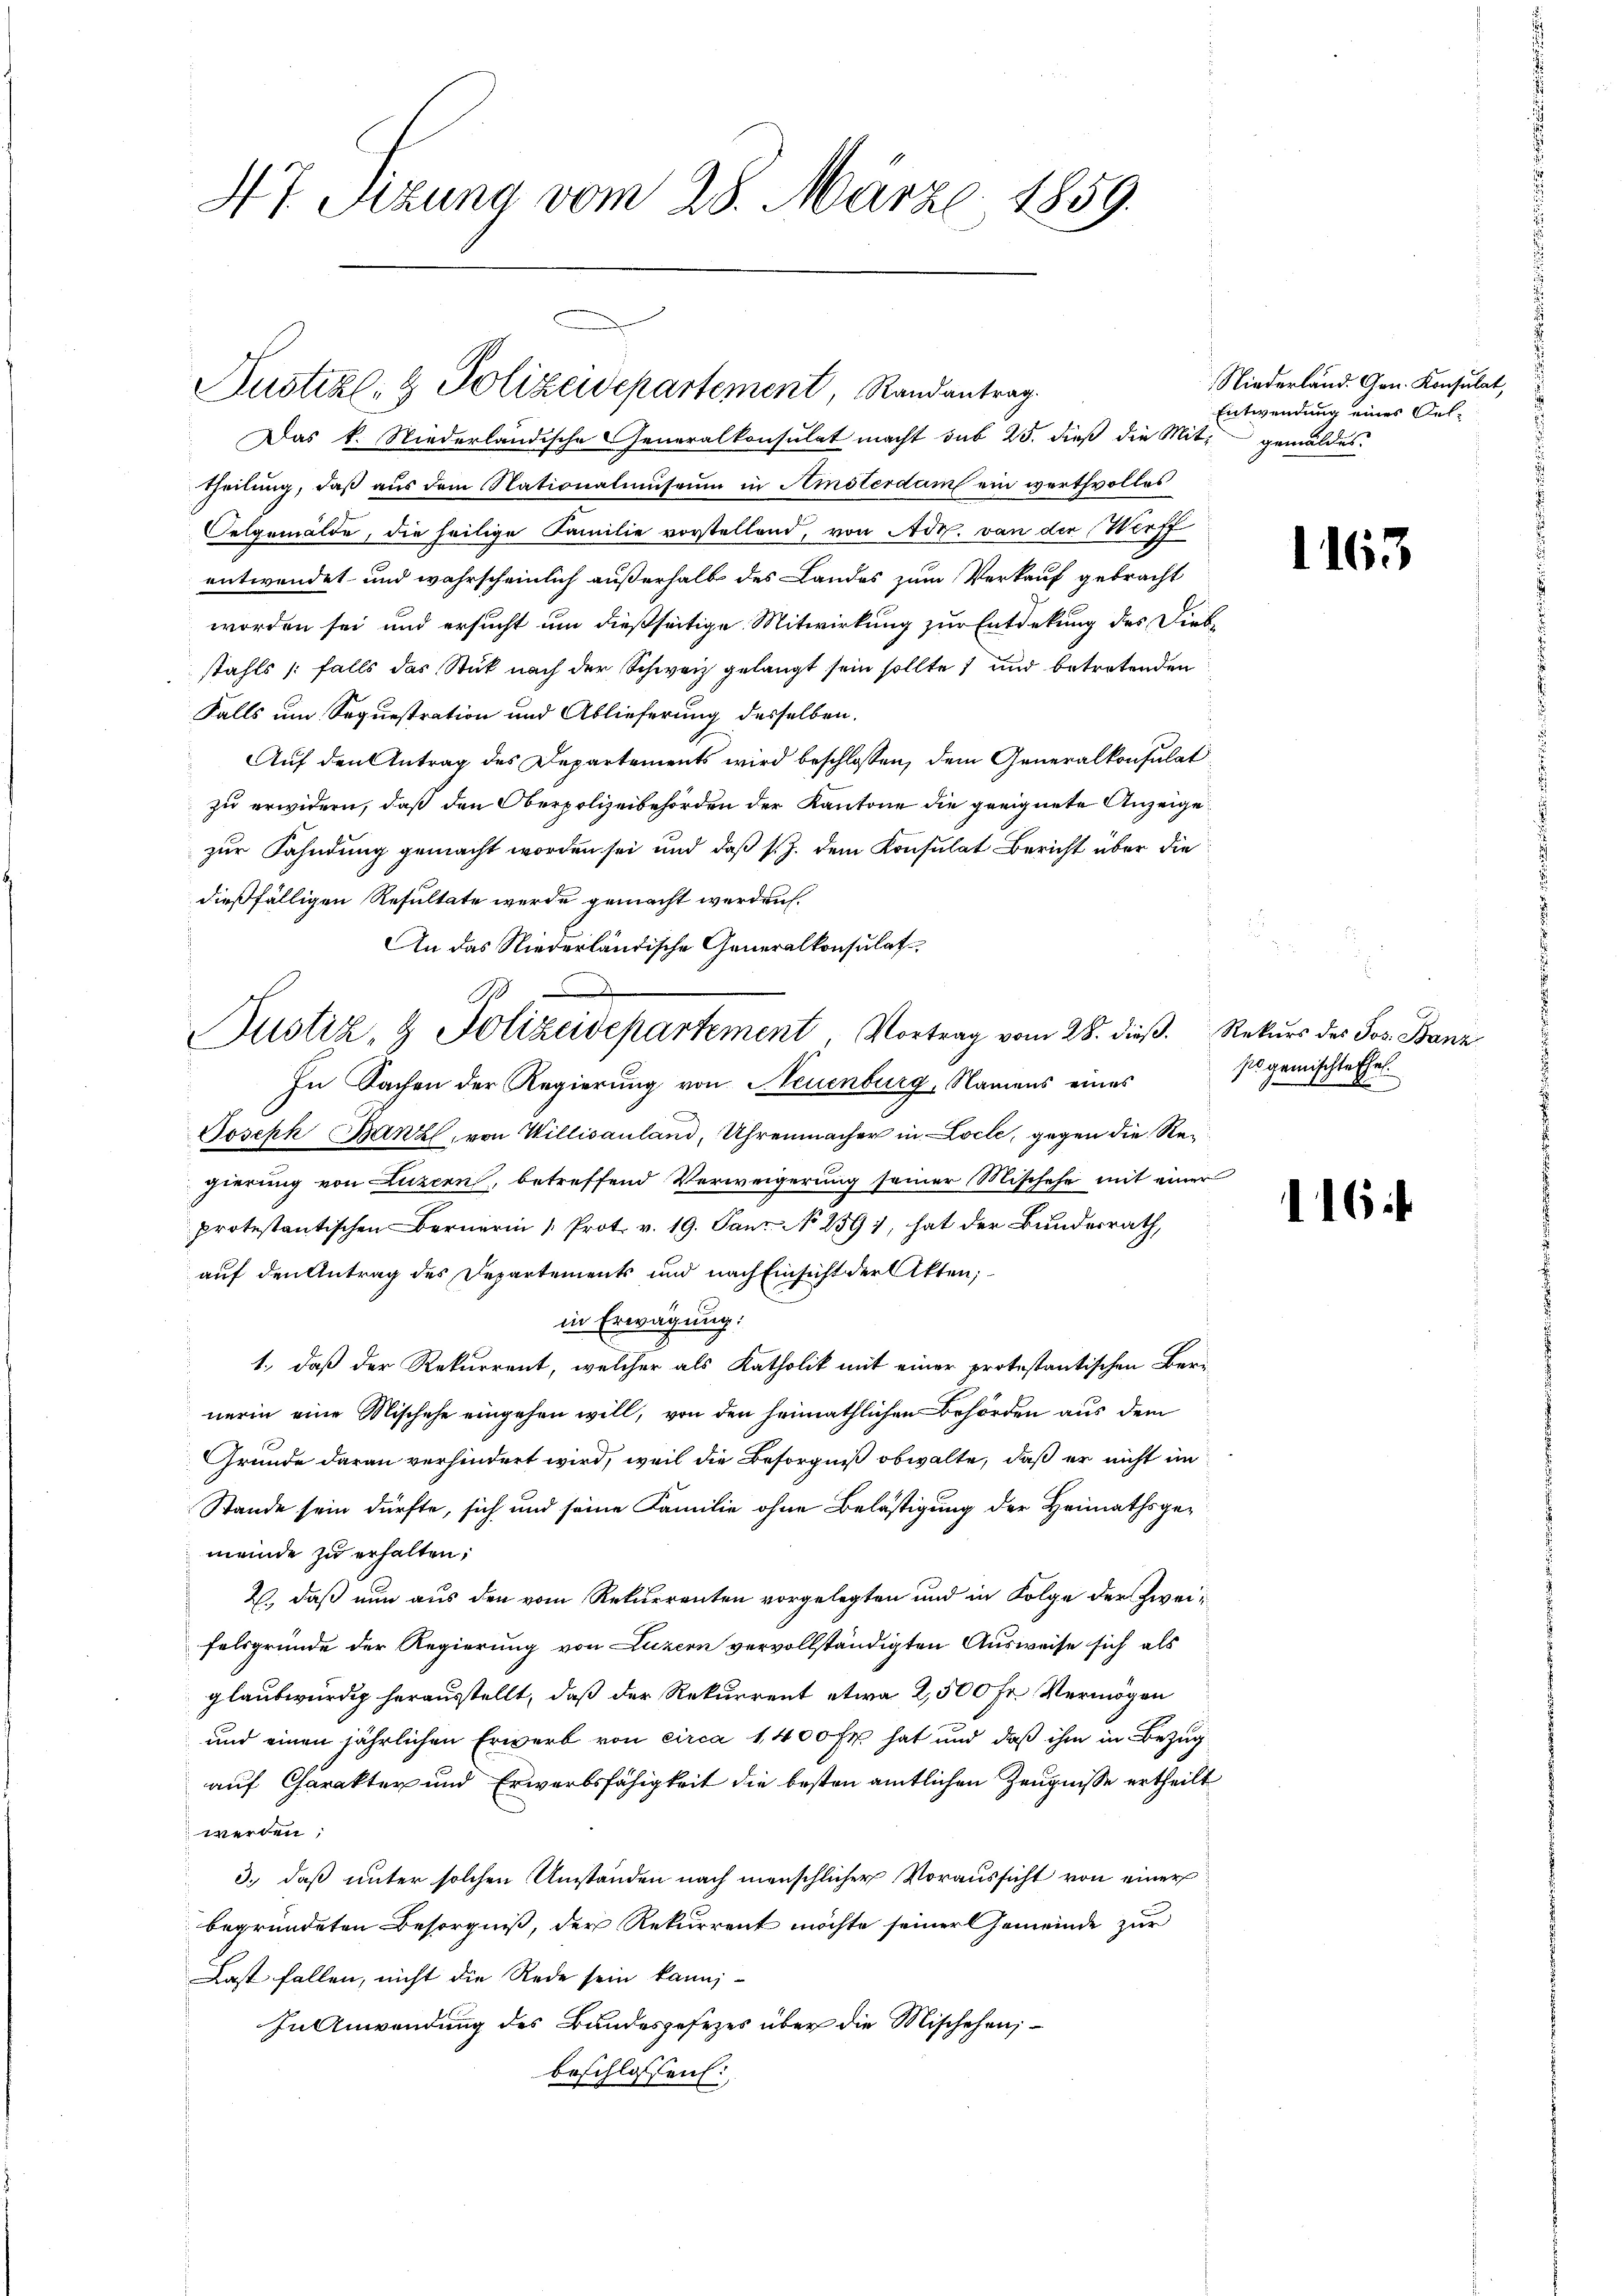
47 Sizung vom 28. März 1859.

Das k. Niederländische Generalkonsulat macht sub 25. dieß die Mit gemäldes
theilung, daß aus dem Nationalmuseum in Amsterdam ein werthvolles
Oelgemälde, die heilige Familie vorstellend, von Adr. von die Wurff
entwendet und wahrscheinlich außerhalb des Landes zum Verkauf gebracht
worden sei und ersucht um dießseitige Mitwirkung zur Entdekung des Diebstahls falls das Stück nach der Schweiz gelangt sein sollte 1 und betretenden
Falls um Sequestration und Ablieferung desselben.
Auf den Antrag des Departements wird beschlossen, dem Generalkonsulat
zu erwidern, daß den Oberpolizeibehörden der Kantone die geeignete Anzeige
zur Fahndung gemacht worden sei und daß s. Z. dem Konsulat Bericht über die
dießfälligen Resultate werde gemacht werden.
An das Niederländische Generalkonsulat
In Sachen der Regierung von Neuenburg, Namens eines
Joseph Banz, von Willisauland, Uhrenmacher in Locle, gegen die Regierung von Luzern, betreffend Verweigerung seiner Mischehe mit einer
protestantischen Bernerin " Prot. v. 19. Janz. No 259 1, hat der Bundesrath,
auf den Antrag des Departements und nach Einsicht der Akten;
in Erwägung:
1., daß der Rekurrent, welcher als Katholik mit einer protestantischen Bernerin eine Mischehe eingehen will, von den heimathlichen Behörden aus dem
Grunde daran verhindert wird, weil die Besorgniß obwalte, daß er nicht im
Stande sein dürfte, sich und seine Familie ohne Belästigung der Heimathsgemeinde zu erhalten;
2., daß nun aus den vom Rekurrenten vorgelegten und in Folge der Zweifelsgründe der Regierung von Luzern vervollständigten Ausweise sich als
glaubwürdig herausstellt, daß der Rekurrent etwa 2,500 Fr. Vermögen
und einen jährlichen Erwerb von circa 1,400 Fr. hat und daß ihm in Bezug
auf Charakter und Erwerbsfähigkeit die besten amtlichen Zeugnisse ertheilt
werden;
3., daß unter solchen Umständen nach menschlicher Voraussicht von einer
begründeten Besorgniß, der Rekurrent möchte seiner Gemeinde zur
Last fallen, nicht die Rede sein kann;
In Anwendung des Bundesgesezes über die Mischehen,
beschlossen:

Justiz- & Polizeidepartement, Randantrag

A
Justiz- & Polizeidepartement Vortrag vom 28. dieβ. Rekŭrs des Jos. Banz

Niederland. Gen. Konsulat,
Entwendung eines Oel¬

1163

sio gemischte Ehe
1ste

116